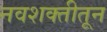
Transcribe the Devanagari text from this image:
नवशक्तीतून